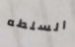
السلطه